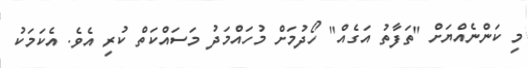
މި ކަންނެއްޔަށް "ތަފާތު އަގެއް" ހޯދުމަށް މުހައްމަދު މަސައްކަތް ކުރި އެވެ. އެކަމަކު